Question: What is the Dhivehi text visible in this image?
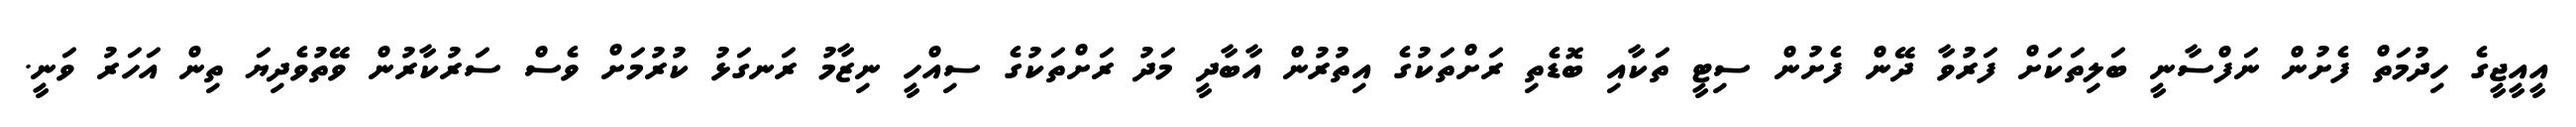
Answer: އީއީޖީގެ ހިދުމަތް ފެށުން ނަފްސާނީ ބަލިތަކަށް ފަރުވާ ދޭން ފެށުން ސިޓީ ތަކާއި ބޮޑެތި ރަށްތަކުގެ އިތުރުން އާބާދީ މަދު ރަށްތަކުގެ ސިއްހީ ނިޒާމު ރަނގަޅު ކުރުމަށް ވެސް ސަރުކާރުން ވޭތުވެދިޔަ ތިން އަހަރު ވަނީ.